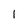
Character: I